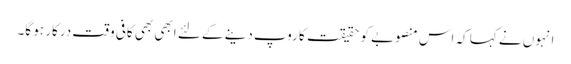
انہوں نے کہا کہ اس منصوبے کو حقیقت کا روپ دینے کے لئے ابھی بھی کافی وقت درکار ہو گا۔